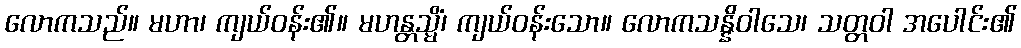
လောကသည်။ မဟာ၊ ကျယ်ဝန်း၏။ မဟန္တသ္မိံ၊ ကျယ်ဝန်းသော။ လောကသန္နိဝါသေ၊ သတ္တဝါ အပေါင်း၏